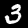
Digit: 3